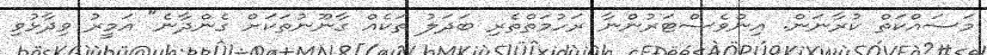
މަސައްކަތް ކުރާނަން. އިންވެސްޓަރުންނާ ރަހުމަތްތެރި ބަދަލު ތަކެއް ގާނޫނުތަކަށް ގެންދާނެ" އަމީރު ވިދާޅުވި